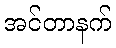
အင်တာနက်